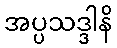
အပ္ပသဒ္ဒါနိ